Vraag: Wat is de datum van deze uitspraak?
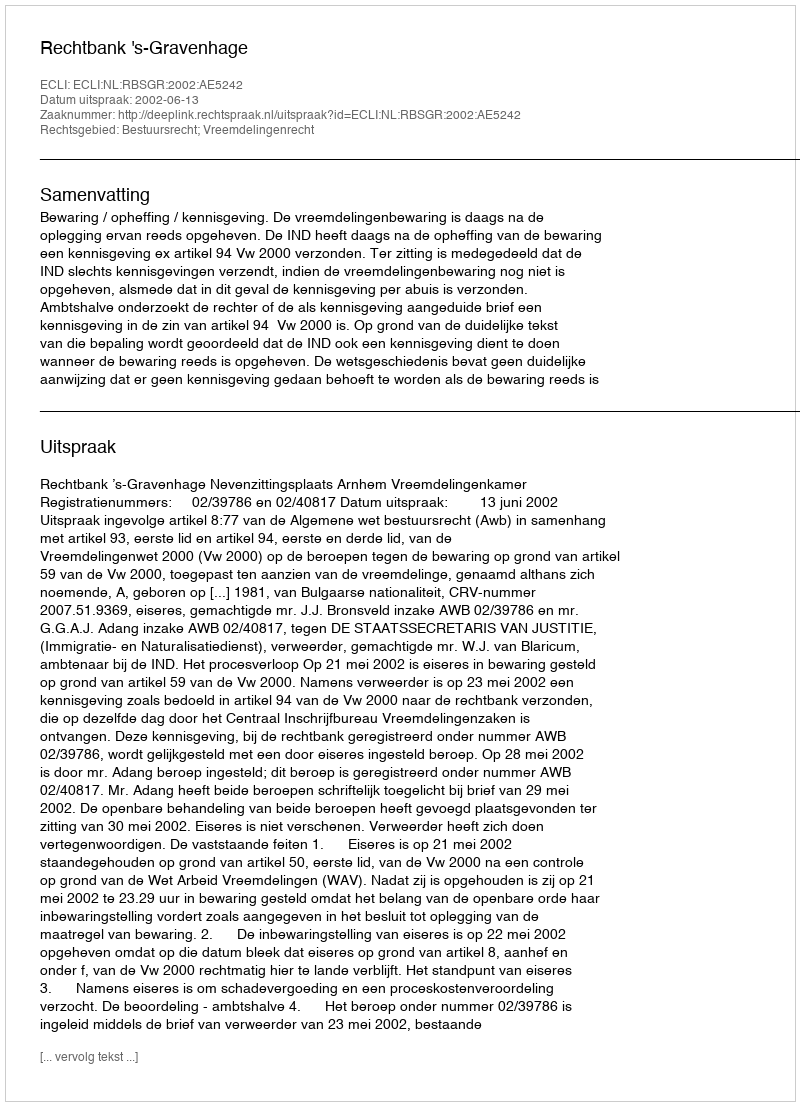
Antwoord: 2002-06-13